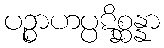
ပဉ္စာဟပ္ပဋိစ္ဆန္နာ